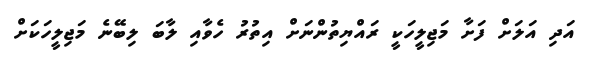
އަދި އަލަށް ފަށާ މަޖިލީހަކީ ރައްޔިތުންނަށް އިތުރު ހެވާއި ލާބަ ލިބޭނެ މަޖިލީހަކަށް